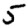
Digit: 5